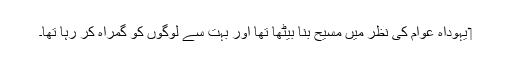
‏ یہوداہ عوام کی نظر میں مسیح بنا بیٹھا تھا اور بہت سے لوگوں کو گمراہ کر رہا تھا۔